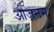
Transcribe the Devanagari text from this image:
ओज़नम